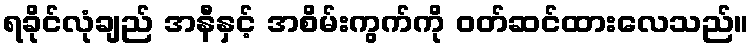
ရခိုင်လုံချည် အနီနှင့် အစိမ်းကွက်ကို ဝတ်ဆင်ထားလေသည်။